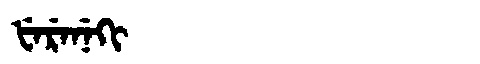
Manchu: ᡶᡝᡵᡝᠨᡝᡴᡳ
Romanization: FERENEKI